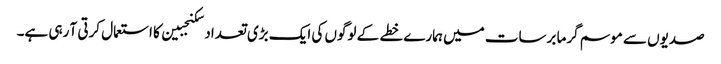
صدیوں سے موسم گرما برسات میں ہمارے خطے کے لوگوں کی ایک بڑی تعداد سکنجبین کا استعمال کرتی آ رہی ہے۔